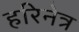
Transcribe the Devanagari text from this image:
हरिनेत्र